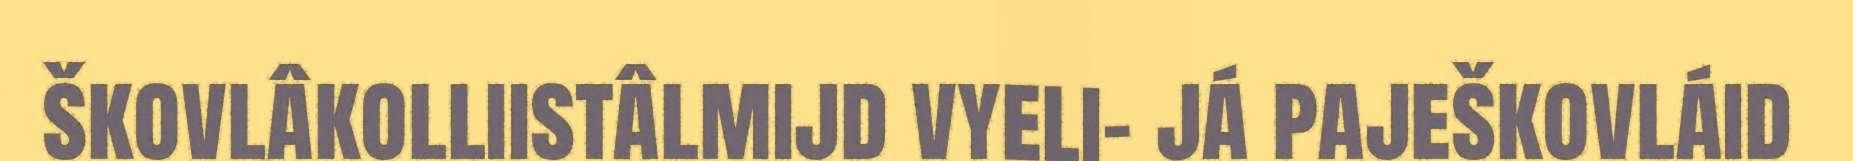
škovlâkolliistâlmijd vyeli- já paješkovláid